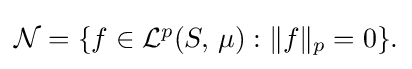
{\textstyle {\mathcal {N}}=\{f\in {\mathcal {L}}^{p}(S,\,\mu ):\|f\|_{p}=0\}.}